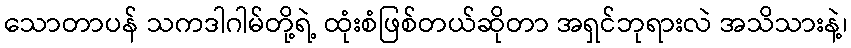
သောတာပန် သကဒါဂါမ်တို့ရဲ့ ထုံးစံဖြစ်တယ်ဆိုတာ အရှင်ဘုရားလဲ အသိသားနဲ့၊